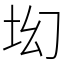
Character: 㘭